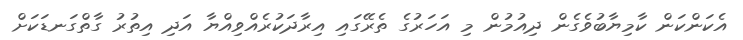
އެކަންކަން ކާމިޔާބުވެގެން ދިއުމުން މި އަހަރުގެ ތެރޭގައި އިރާދަކުރެއްވިއްޔާ އަދި އިތުރު ގާތްގަނޑަކަށް